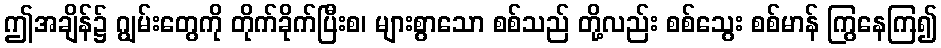
ဤအချိန်၌ ဂျွမ်းတွေကို တိုက်ခိုက်ပြီးစ၊ များစွာသော စစ်သည် တို့လည်း စစ်သွေး စစ်မာန် ကြွနေကြ၍